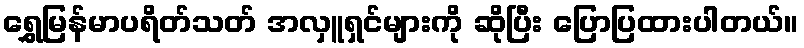
ရွှေမြန်မာပရိတ်သတ် အလှူရှင်များကို ဆိုပြီး ပြောပြထားပါတယ်။